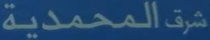
شرقالمحمدية